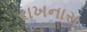
રાખનારા